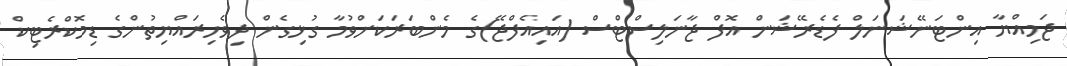
ޖަމިއްޔާ އިންޓަނޭޝަނަލް ފެޑެރޭޝަން އޮފް ޖާނަލިސްޓްސް (އައިއެފްޖޭ)ގެ މެންބަރަކަށްވުމާ ގުޅިގެން ދިވެހިރައްޔިތުންގެ ޑިމޮކްރެޓިކް